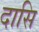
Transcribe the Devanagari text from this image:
दासि